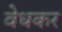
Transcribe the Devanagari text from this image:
वेधकर